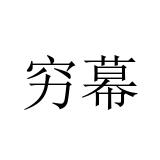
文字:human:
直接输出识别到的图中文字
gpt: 穷幕